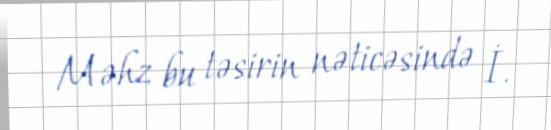
Məhz bu təsirin nəticəsində İ.